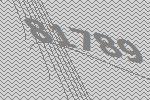
81789